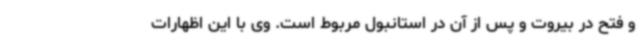
و فتح در بیروت و پس از آن در استانبول مربوط است. وی با این اظهارات